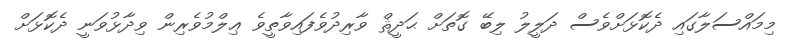
މިމައްސަލާގައި ދެކޮޅަށްވެސް ދަލީލު ލިބޭ ގޮތަށް ޙަދީޘް ވާރިދުވެފައިވާތީވެ ޢިލްމުވެރިން ވިދާޅުވަނީ ދެކޮޅަށް